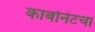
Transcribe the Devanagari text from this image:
कार्बोनेटचा